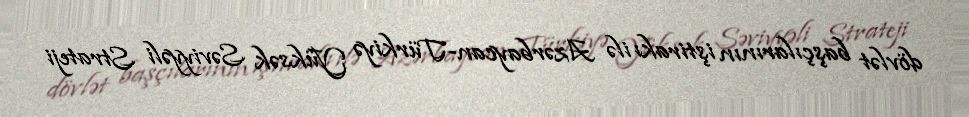
dövlət başçılarının iştirakı ilə Azərbaycan-Türkiyə Yüksək Səviyyəli Strateji